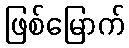
ဖြစ်မြောက်